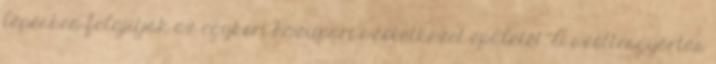
lépésben felújítják az egykori háziipari szövetkezet épületét. A szőttesgyártás